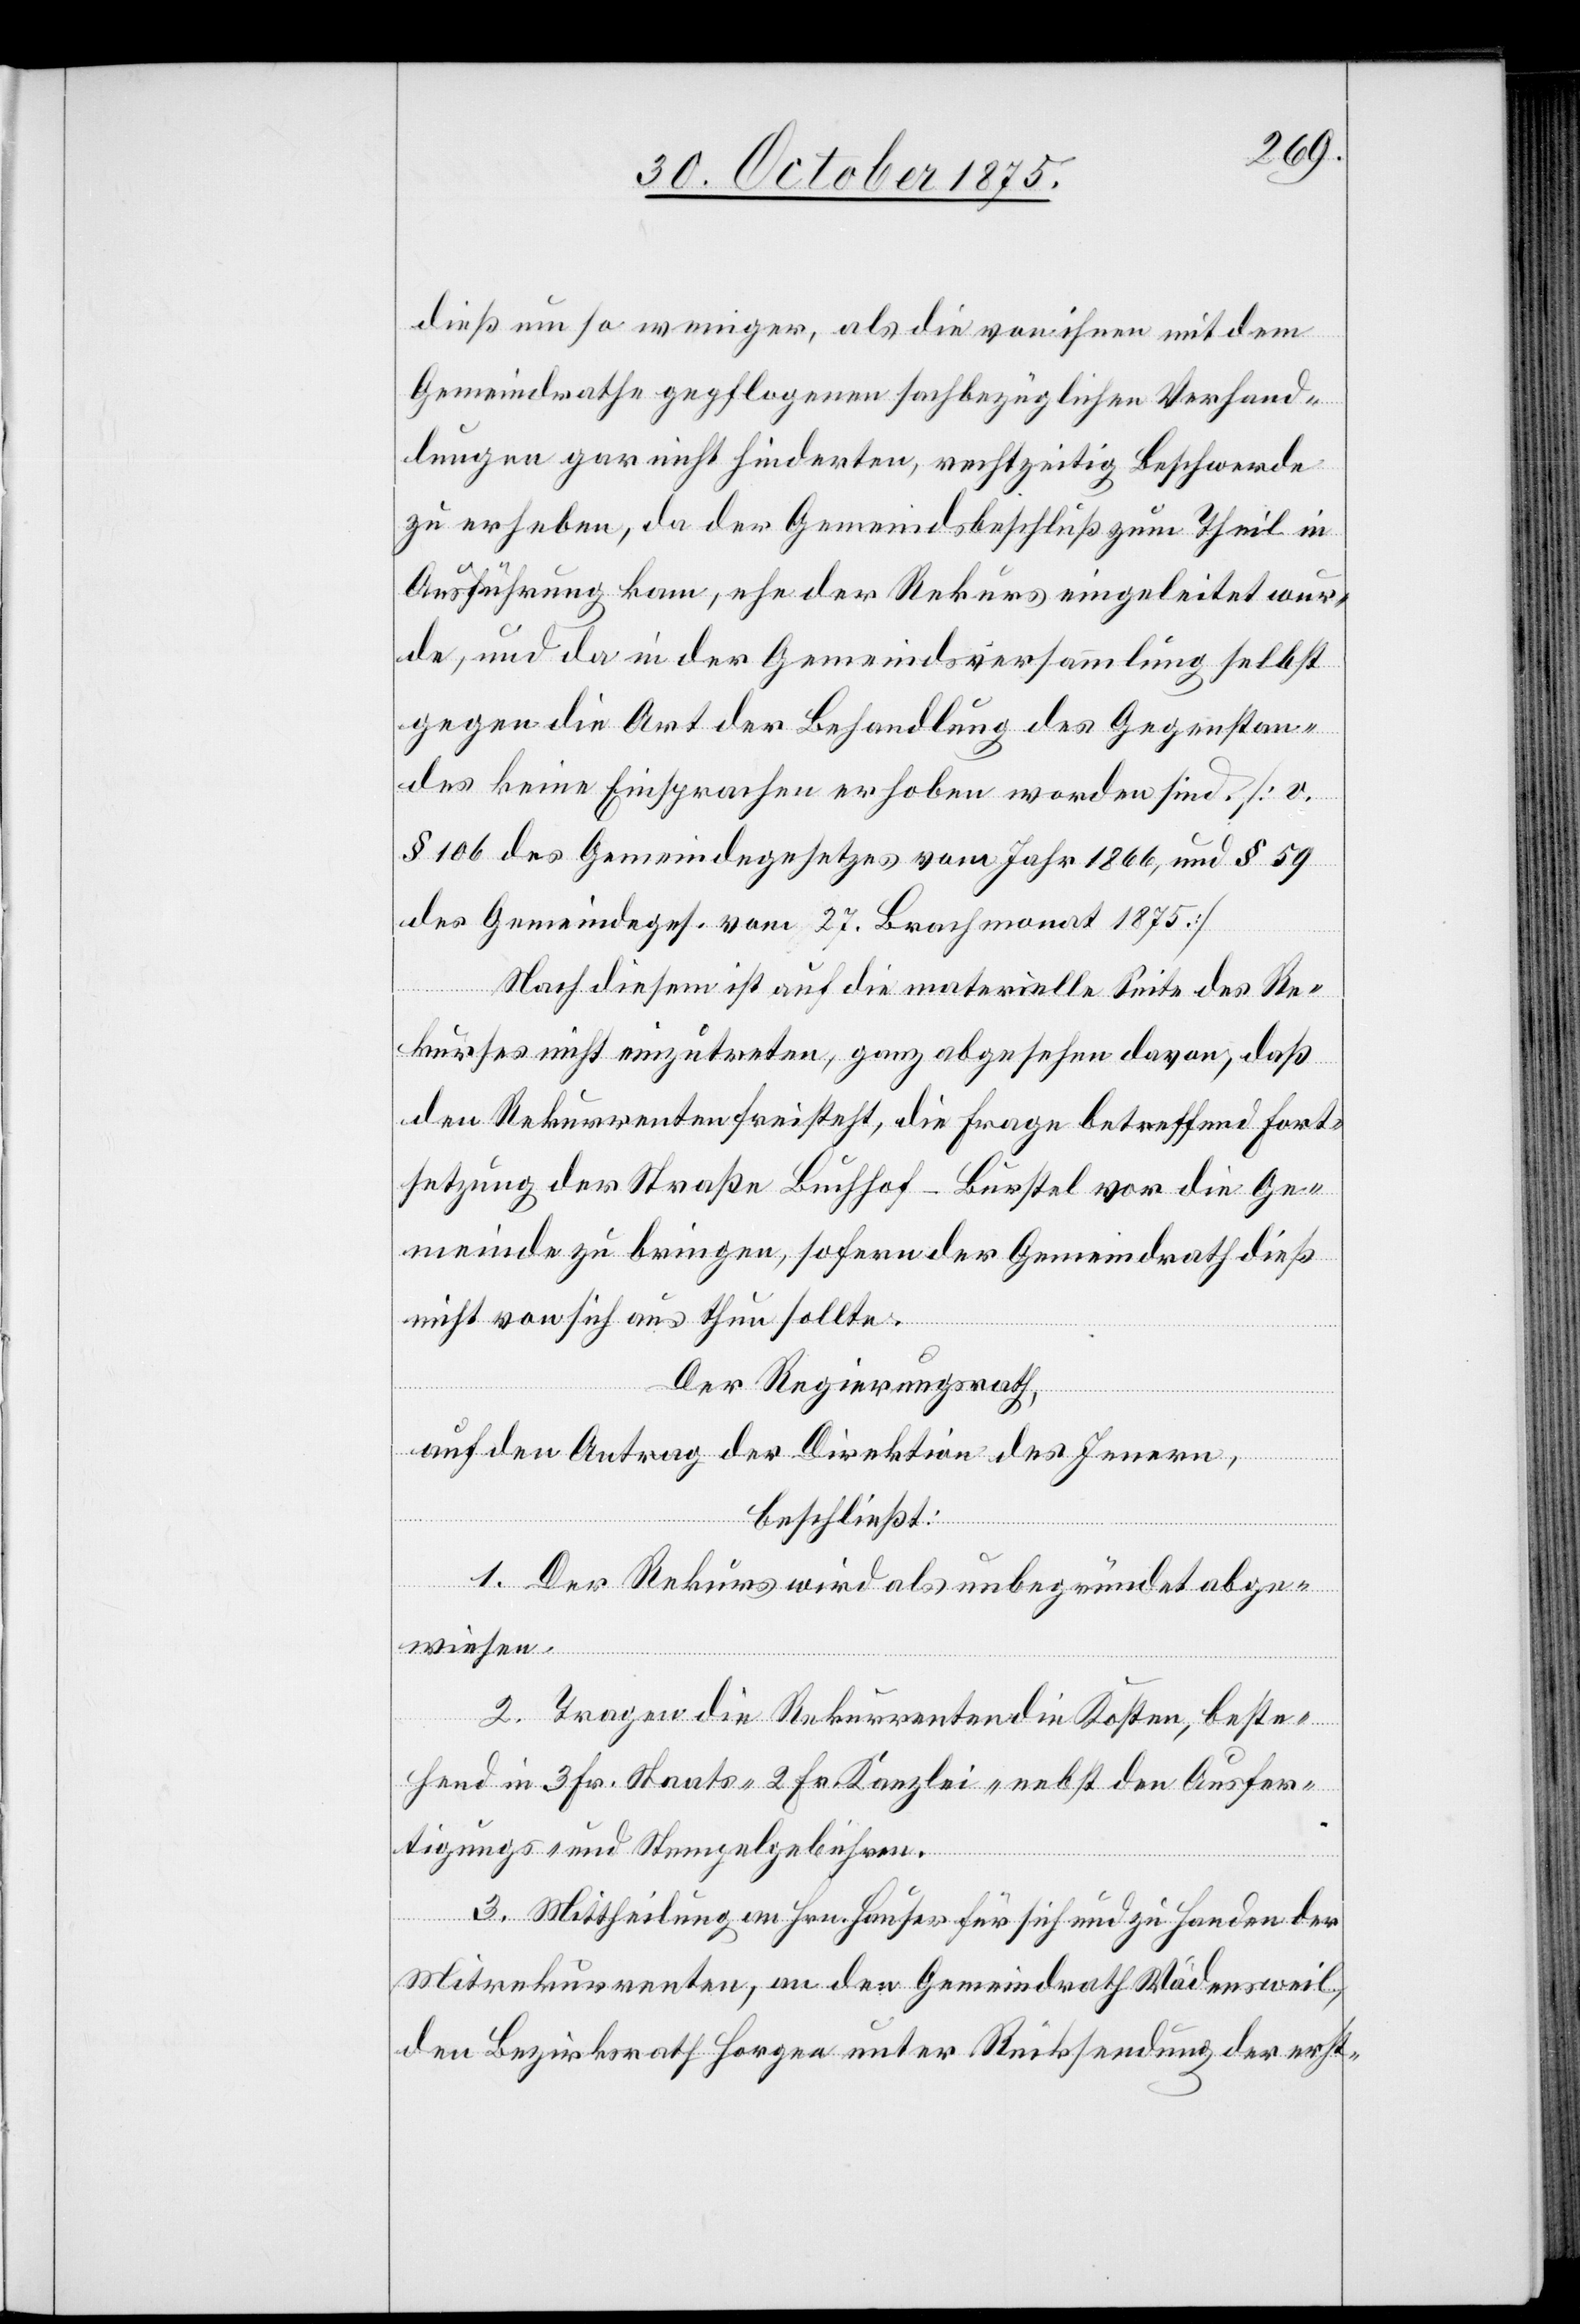
dieß um so weniger, als die von ihnen mit dem
Gemeindrathe gepflogenen sachbezüglichen Verhand¬
lungen gar nicht hinderten, rechtzeitig Beschwerde
zu erheben, da der Gemeindsbeschluß zum Theil in
Ausführung kam, ehe der Rekurs eingeleitet wur¬
de, und da in der Gemeindsversammlung selbst
gegen die Art der Behandlung des Gegenstan¬
des keine Einsprachen erhoben worden sind. [v.
§ 106 des Gemeindegesetzes vom Jahr 1866, und § 59
des Gemeindeges. vom 27. Brachmonat 1875]
Nach diesem ist auf die materielle Seite des Re¬
kurses nicht einzutreten, ganz abgesehen davon, daß
den Rekurrenten freisteht, die Frage betreffend Fort¬
setzung der Straße Buchhof–Burstel vor die Ge¬
meinde zu bringen, sofern der Gemeindrath dieß
nicht von sich aus thun sollte.
Der Regierungsrath,
auf den Antrag der Direktion des Innern,
beschließt:
1. Der Rekurs wird als unbegründet abge¬
wiesen.
2. Tragen die Rekurrenten die Kosten, beste¬
hend in 3 Fr. Staats-[,] 2 Fr. Kanzlei- nebst den Ausfer¬
tigungs- und Stempelgebühren.
3. Mittheilung an Hrn. Hauser für sich und zu Handen der
Mitrekurrenten, an den Gemeindrath Wädensweil,
den Bezirksrath Horgen unter Rücksendung der erst-